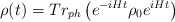
\begin{align*}\rho(t) = Tr_{ph} \left( e^{-iHt} \rho_0 e^{iHt} \right)\end{align*}